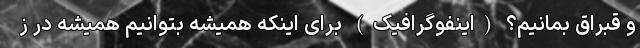
و قبراق بمانیم؟ (اینفوگرافیک) برای اینکه همیشه بتوانیم همیشه در ز